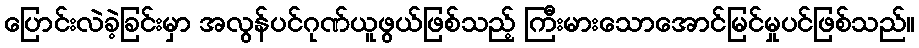
ပြောင်းလဲခဲ့ခြင်းမှာ အလွန်ပင်ဂုဏ်ယူဖွယ်ဖြစ်သည့် ကြီးမားသောအောင်မြင်မှုပင်ဖြစ်သည်။